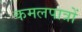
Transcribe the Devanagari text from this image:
कमलपात्रों